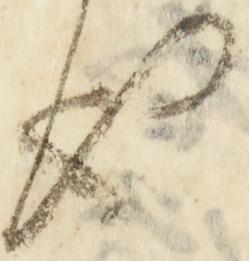
也